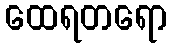
ထေရတရော